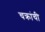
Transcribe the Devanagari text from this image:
चक्रांची